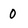
Character: 0